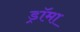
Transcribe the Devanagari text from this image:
ड्रॉमा